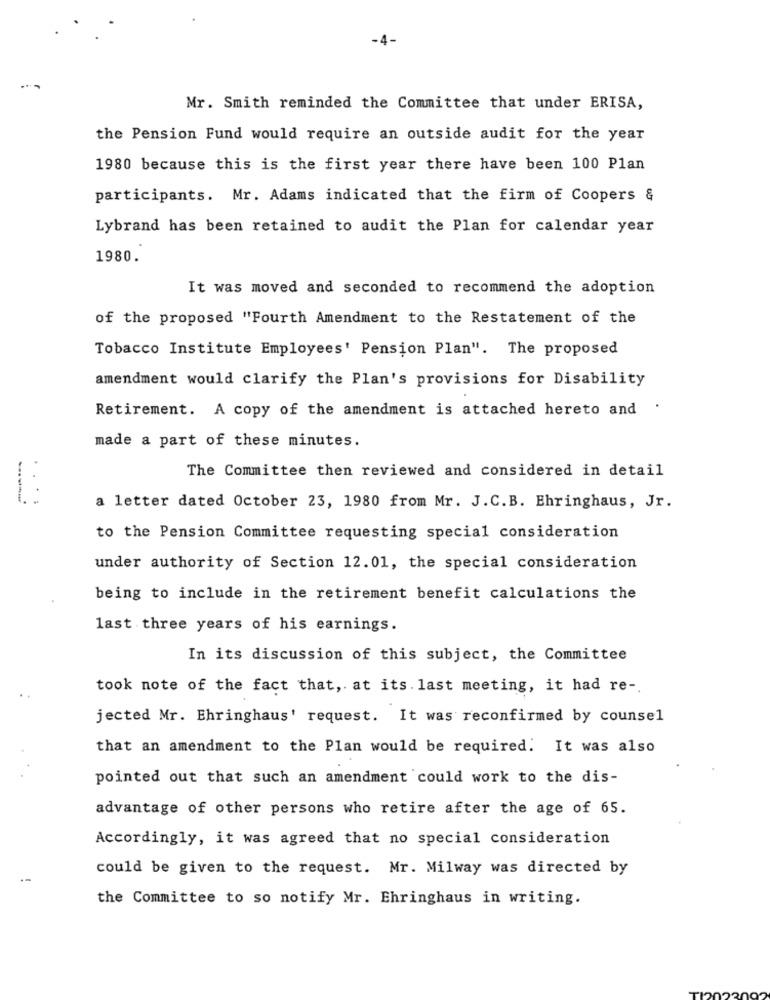
-4-
Mr. Smith reminded the Committee that under ERISA,
the Pension Fund would require an outside audit for the year
1980 because this is the first year there have been 100 Plan
participants. Mr. Adams indicated that the firm of Coopers &
Lybrand has been retained to audit the Plan for calendar year
1980.
It was moved and seconded to recommend the adoption
of the proposed "Fourth Amendment to the Restatement of the
Tobacco Institute Employees' Pension Plan". The proposed
amendment would clarify the Plan's provisions for Disability
Retirement. A copy of the amendment is attached hereto and
.
made a part of these minutes.
The Committee then reviewed and considered in detail
a letter dated October 23, 1980 from Mr. J. C.B. Ehringhaus, Jr.
to the Pension Committee requesting special consideration
under authority of Section 12.01, the special consideration
being to include in the retirement benefit calculations the
last three years of his earnings.
In its discussion of this subject, the Committee
took note of the fact that, at its. last meeting, it had re -.
jected Mr. Ehringhaus' request. It was reconfirmed by counsel
that an amendment to the Plan would be required. It was also
pointed out that such an amendment could work to the dis-
advantage of other persons who retire after the age of 65.
Accordingly, it was agreed that no special consideration
could be given to the request. Mr. Milway was directed by
the Committee to so notify Mr. Ehringhaus in writing.